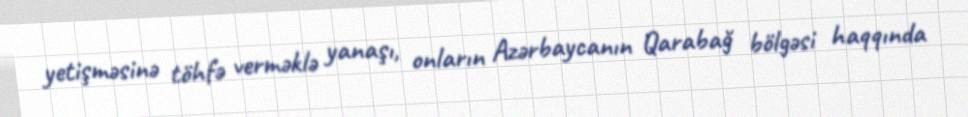
yetişməsinə töhfə verməklə yanaşı, onların Azərbaycanın Qarabağ bölgəsi haqqında